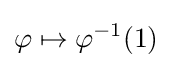
\varphi \mapsto \varphi ^{-1}(1)